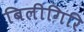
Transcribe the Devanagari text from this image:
बिलीगिरि